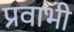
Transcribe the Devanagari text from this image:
प्रवाभी